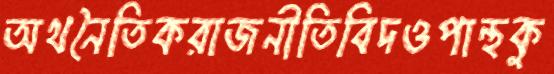
অথনৈতিকরাজনীতিবিদওপান্থকু